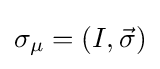
\sigma _{\mu }=(I,{\vec {\sigma }})